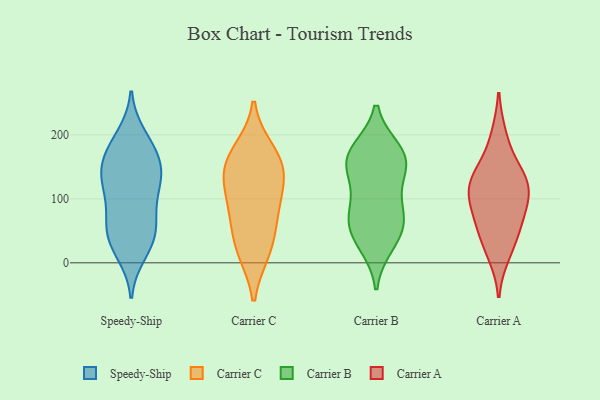
{"axis": {"x": "LTV (USD)", "y": "Value"}, "legend": ["Carrier A", "Carrier B", "Carrier C", "Speedy-Ship"], "data": [{"x": "", "y": 15, "type": "Speedy-Ship"}, {"x": "", "y": 59, "type": "Speedy-Ship"}, {"x": "", "y": 29, "type": "Speedy-Ship"}, {"x": "", "y": 30, "type": "Speedy-Ship"}, {"x": "", "y": 124, "type": "Speedy-Ship"}, {"x": "", "y": 145, "type": "Speedy-Ship"}, {"x": "", "y": 48, "type": "Speedy-Ship"}, {"x": "", "y": 198, "type": "Speedy-Ship"}, {"x": "", "y": 104, "type": "Speedy-Ship"}, {"x": "", "y": 171, "type": "Speedy-Ship"}, {"x": "", "y": 136, "type": "Speedy-Ship"}, {"x": "", "y": 148, "type": "Speedy-Ship"}, {"x": "", "y": 187, "type": "Speedy-Ship"}, {"x": "", "y": 60, "type": "Speedy-Ship"}, {"x": "", "y": 175, "type": "Speedy-Ship"}, {"x": "", "y": 110, "type": "Speedy-Ship"}, {"x": "", "y": 70, "type": "Speedy-Ship"}, {"x": "", "y": 138, "type": "Speedy-Ship"}, {"x": "", "y": 175, "type": "Carrier C"}, {"x": "", "y": 61, "type": "Carrier C"}, {"x": "", "y": 102, "type": "Carrier C"}, {"x": "", "y": 123, "type": "Carrier C"}, {"x": "", "y": 164, "type": "Carrier C"}, {"x": "", "y": 18, "type": "Carrier C"}, {"x": "", "y": 137, "type": "Carrier C"}, {"x": "", "y": 152, "type": "Carrier C"}, {"x": "", "y": 75, "type": "Carrier C"}, {"x": "", "y": 19, "type": "Carrier C"}, {"x": "", "y": 82, "type": "Carrier B"}, {"x": "", "y": 163, "type": "Carrier B"}, {"x": "", "y": 43, "type": "Carrier B"}, {"x": "", "y": 50, "type": "Carrier B"}, {"x": "", "y": 81, "type": "Carrier B"}, {"x": "", "y": 171, "type": "Carrier B"}, {"x": "", "y": 146, "type": "Carrier B"}, {"x": "", "y": 75, "type": "Carrier B"}, {"x": "", "y": 163, "type": "Carrier B"}, {"x": "", "y": 175, "type": "Carrier B"}, {"x": "", "y": 29, "type": "Carrier B"}, {"x": "", "y": 134, "type": "Carrier B"}, {"x": "", "y": 114, "type": "Carrier A"}, {"x": "", "y": 60, "type": "Carrier A"}, {"x": "", "y": 196, "type": "Carrier A"}, {"x": "", "y": 42, "type": "Carrier A"}, {"x": "", "y": 102, "type": "Carrier A"}, {"x": "", "y": 130, "type": "Carrier A"}, {"x": "", "y": 144, "type": "Carrier A"}, {"x": "", "y": 80, "type": "Carrier A"}, {"x": "", "y": 16, "type": "Carrier A"}, {"x": "", "y": 122, "type": "Carrier A"}]}